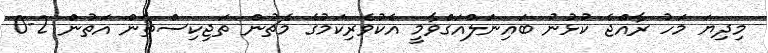
މިދިޔަ މަހު ރާއްޖެ ކުޅުނު ބައިނަލްއަގްވާމީ އެކުވެރިކަމުގެ މެޗުން ތަޖިކިސްތާން އަތުން 2-0